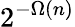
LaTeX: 2^{-\Omega(n)}